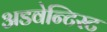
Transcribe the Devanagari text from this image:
अडवेन्टिस्ट